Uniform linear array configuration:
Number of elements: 32
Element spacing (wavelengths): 0.5
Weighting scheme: kaiser
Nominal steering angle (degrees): -60
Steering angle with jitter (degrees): -58.851
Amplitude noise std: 0.05
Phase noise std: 0.05

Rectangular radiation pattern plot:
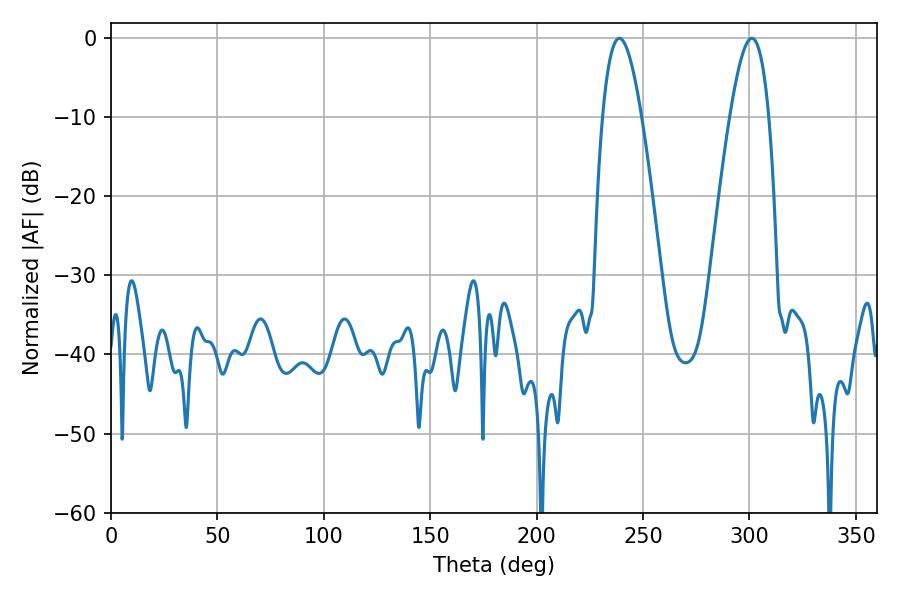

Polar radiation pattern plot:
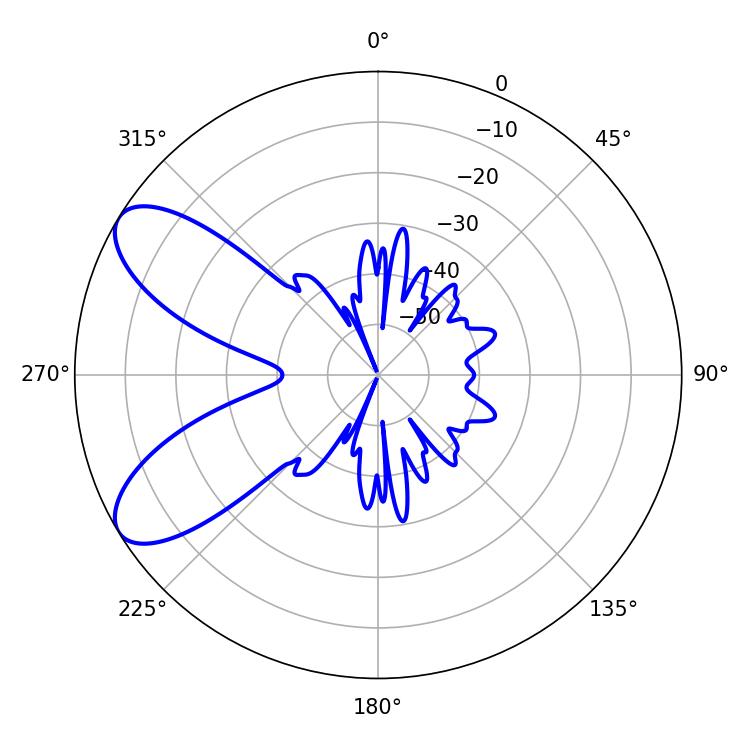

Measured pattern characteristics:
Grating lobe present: FALSE
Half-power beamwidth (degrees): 10.08
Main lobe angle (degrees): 238.86